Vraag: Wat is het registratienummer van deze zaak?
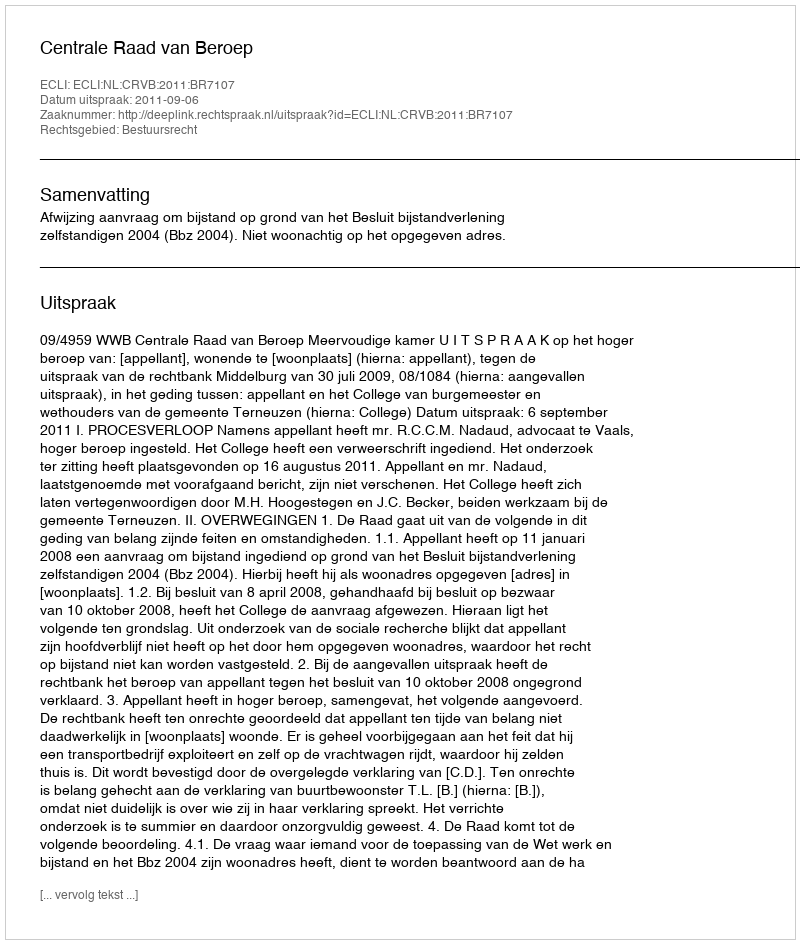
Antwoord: http://deeplink.rechtspraak.nl/uitspraak?id=ECLI:NL:CRVB:2011:BR7107